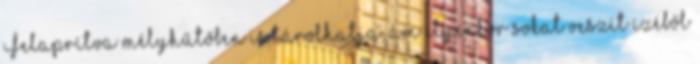
Felaprítva mélyhűtőben is tárolhatja, ám ilyenkor sokat veszít ízéből